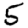
Digit: 5